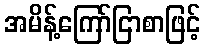
အမိန့်ကြော်ငြာစာဖြင့်